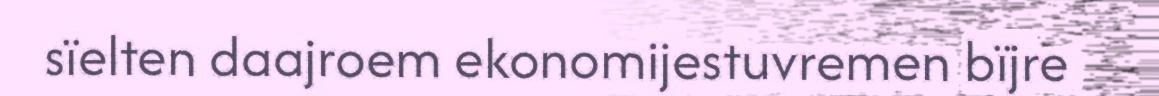
sïelten daajroem ekonomijestuvremen bïjre